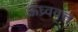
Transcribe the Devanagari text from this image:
ऊध्र्ववृत्त